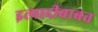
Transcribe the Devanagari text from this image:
इत्यादीबाबत